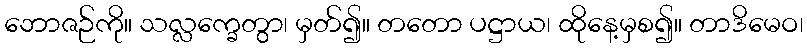
ဘောဇဉ်ကို။ သလ္လက္ခေတွာ၊ မှတ်၍။ တတော ပဋ္ဌာယ၊ ထိုနေ့မှစ၍။ တာဒိမေဝ၊